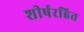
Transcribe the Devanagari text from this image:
शीर्षरहित